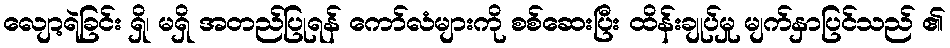
လျော့ရဲခြင်း ရှိ၊ မရှိ အတည်ပြုရန် ကော်လံများကို စစ်ဆေးပြီး ထိန်းချုပ်မှု မျက်နှာပြင်သည် ၏